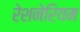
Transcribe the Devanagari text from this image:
रेशनेरियम